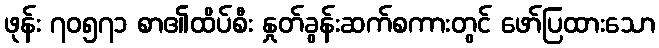
ဖုန်း ၇၀၅၇၁ စာ၏ထိပ်စီး နှုတ်ခွန်းဆက်စကားတွင် ဖော်ပြထားသော